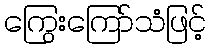
ကြွေးကြော်သံဖြင့်